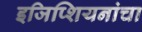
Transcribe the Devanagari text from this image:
इजिप्शियनांचा